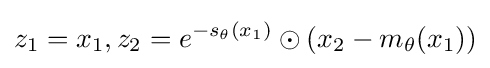
z_{1}=x_{1},z_{2}=e^{-s_{\theta }(x_{1})}\odot (x_{2}-m_{\theta }(x_{1}))